Indian journal of veterinary science and animal husbandry - Volume 6,
Year: 1936
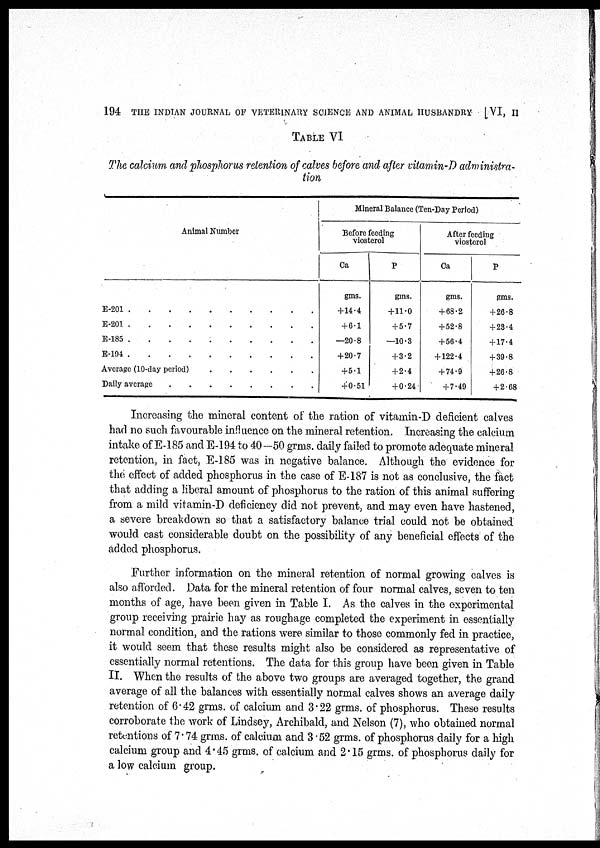
194 THE INDIAN JOURNAL OF VETERINARY SCIENCE AND ANIMAL HUSBANDRY [VI, II
TABLE VI
The calcium and phosphorus retention of calves before and after vitamin-D administra-
tion
Animal Number
E-201 . . . . . . . . . .
E-201 . . . . . . . . . .
E-185 . . . . . . . . . .
E-194 . . . . . . . . . .
Average (10-days period) . . . . . .
Daily average . . . . . . . .
Mineral Balance (Ten-Day Period)
Before feeding
viosterol
Ca
gms.
+14.4
+ 6.1
—20.8
+20.7
+5.1
+0.51
P
gms.
+11.0
+5.7
—10.3
+3.2
+2.4
+0.24
After feeding
viosterol
Ca
gms.
+68.2
+52.8
+56.4
+122.4
+74.9
+7.49
P
gms.
+26.8
+23.4
+17.4
+39.8
+26.8
+2.68
Increasing the mineral content of the ration of vitamin-D deficient calves
had no such favourable influence on the mineral retention. Increasing the calcium
intake of E-185 and E-194 to 40—50 grms. daily failed to promote adequate mineral
retention, in fact, E-185 was in negative balance. Although the evidence for
the effect of added phosphorus in the case of E-187 is not as conclusive, the fact
that adding a liberal amount of phosphorus to the ration of this animal suffering
from a mild vitamin-D deficiency did not prevent, and may even have hastened,
a severe breakdown so that a satisfactory balance trial could not be obtained
would cast considerable doubt on the possibility of any beneficial effects of the
added phosphorus.
Further information on the mineral retention of normal growing calves is
also afforded. Data for the mineral retention of four normal calves, seven to ten
months of age, have been given in Table I. As the calves in the experimental
group receiving prairie hay as roughage completed the experiment in essentially
normal condition, and the rations were similar to those commonly fed in practice,
it would seem that these results might also be considered as representative of
essentially normal retentions. The data for this group have been given in Table
II. When the results of the above two groups are averaged together, the grand
average of all the balances with essentially normal calves shows an average daily
retention of 6.42 grms. of calcium and 3.22 grms. of phosphorus. These results
corroborate the work of Lindsey, Archibald, and Nelson (7), who obtained normal
retentions of 7.74 grms. of calcium and 3.52 grms. of phosphorus daily for a high
calcium group and 4.45 grms. of calcium and 2.15 grms. of phosphorus daily for
a low calcium group.